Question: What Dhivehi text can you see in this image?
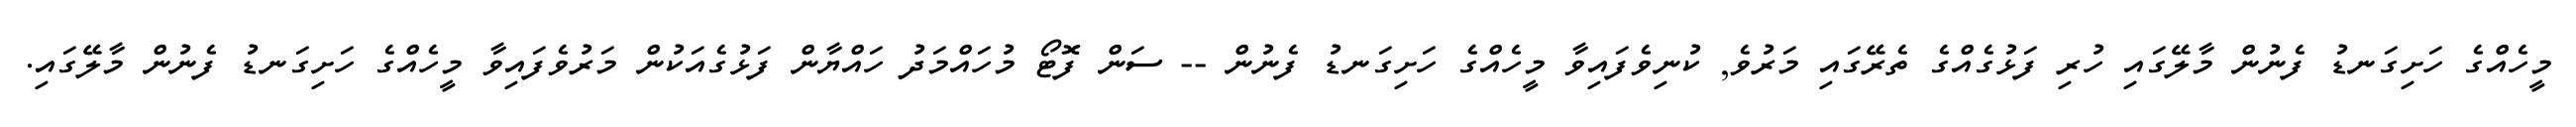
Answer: މީހެއްގެ ހަށިގަނޑު ފެނުން މާލޭގައި ހުރި ފަޅުގެއްގެ ތެރޭގައި މަރުވެ, ކުނިވެފައިވާ މީހެއްގެ ހަށިގަނޑު ފެނުން -- ސަން ފޮޓޯ މުހައްމަދު ހައްޔާން ފަޅުގެއަކުން މަރުވެފައިވާ މީހެއްގެ ހަށިގަނޑު ފެނުން މާލޭގައި.